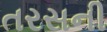
તરસની